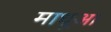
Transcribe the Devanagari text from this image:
माधूआ